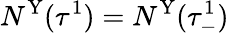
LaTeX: N^{\mathrm{Y}}(\tau^{1})=N^{\mathrm{Y}}(\tau_{-}^{1})